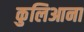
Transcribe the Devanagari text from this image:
कुलिआना